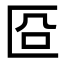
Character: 㔯